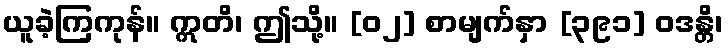
ယူခဲ့ကြကုန်။ ဣတိ၊ ဤသို့။ [၀၂] စာမျက်နှာ [၃၉၁] ဝဒန္တိ၊